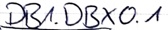
Text: DB1.DBX0.1